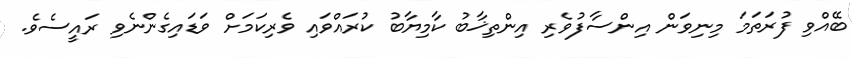
ބޭއްވި ފުރަތަމަ މިނިވަން އިންސާފުވެރި އިންތިޚާބު ކާމިޔާބު ކުރައްވައި ވެރިކަމަށް ވަޑައިގެންނެވި ރައީސެވެ.